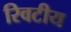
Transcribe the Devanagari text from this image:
रिवटीय